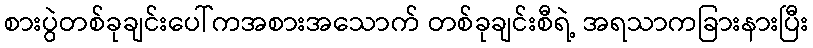
စားပွဲတစ်ခုချင်းပေါ်ကအစားအသောက် တစ်ခုချင်းစီရဲ့ အရသာကခြားနားပြီး